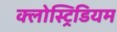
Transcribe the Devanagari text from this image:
क्लोस्ट्रिडियम